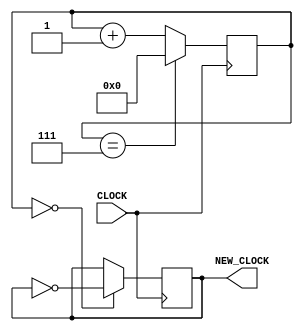
`timescale 1ns / 1ps
//////////////////////////////////////////////////////////////////////////////////
// Company: 
// Engineer: 
// 
// Design Name: 
// Module Name: clk6p25m
// Project Name: 
// Target Devices: 
// Tool Versions: 
// Description: 
// 
// Dependencies: 
// 
// Revision:
// Revision 0.01 - File Created
// Additional Comments:
// 
//////////////////////////////////////////////////////////////////////////////////



module clk6p25m(input CLOCK, output reg NEW_CLOCK = 0);
    reg [31:0] COUNT = 0;
        always @ (posedge CLOCK) begin
            COUNT <= (COUNT == 7) ? 0 : COUNT + 1;
            NEW_CLOCK <= (COUNT == 0) ? ~NEW_CLOCK : NEW_CLOCK;
        end
endmodule

module clk10hz(input CLOCK, output reg NEW_CLOCK = 0);
    reg [31:0] COUNT = 0;
        always @ (posedge CLOCK) begin
            COUNT <= (COUNT == 4999999) ? 0 : COUNT + 1;
            NEW_CLOCK <= (COUNT == 0) ? ~NEW_CLOCK : NEW_CLOCK;
        end
endmodule

module clk20hz(input CLOCK, output reg NEW_CLOCK = 0);
    reg [31:0] COUNT = 0;
        always @ (posedge CLOCK) begin
            COUNT <= (COUNT == 2599999) ? 0 : COUNT + 1;
            NEW_CLOCK <= (COUNT == 0) ? ~NEW_CLOCK : NEW_CLOCK;
        end
endmodule

module clock10k(
input CLOCK, output reg NEW_CLOCK = 0
    );
    reg [31:0] COUNT = 0;
    always @ (posedge CLOCK) begin
        COUNT <= (COUNT == 4999) ? 0 : COUNT + 1;
        NEW_CLOCK <= (COUNT == 0) ? ~NEW_CLOCK : NEW_CLOCK;
    end
endmodule

module my_380hz_clock(
    input CLOCK,
    output reg my_clock = 0
    );
    
    reg [31:0] COUNT = 0;
    
    always @ (posedge CLOCK)
    begin
        COUNT <= (COUNT == 131578) ? 0 : COUNT + 1;
        my_clock <= (COUNT == 0) ? ~my_clock : my_clock;
    end
endmodule

module my_190hz_clock(
    input CLOCK,
    output reg my_clock = 0
    );
    
    reg [31:0] COUNT = 0;
    
    always @ (posedge CLOCK)
    begin
        COUNT <= (COUNT == 263157) ? 0 : COUNT + 1;
        my_clock <= (COUNT == 0) ? ~my_clock : my_clock;
    end
endmodule

module my_10Hz_clock (input CLOCK, output reg my_clock = 0);
    reg [31:0] COUNT = 0;
    
    always @ (posedge CLOCK) 
    begin
        COUNT <= (COUNT == 4999999) ? 0 : COUNT + 1; 
        my_clock <= (COUNT == 0) ? ~my_clock : my_clock;
    end
endmodule

module my_50Mhz_clock(
    input CLOCK,
    output reg my_clock = 0
    );
    
    reg [31:0] COUNT = 0;
    
    always @ (posedge CLOCK)
    begin
        COUNT <= (COUNT == 1) ? 0 : COUNT + 1;
        my_clock <= (COUNT == 0) ? ~my_clock : my_clock;
    end
endmodule

module my_20khz_clock(
    input CLOCK,
    output reg my_clock = 0
    );
    
    reg [31:0] COUNT = 0;
    
    always @ (posedge CLOCK)
    begin
        COUNT <= (COUNT == 2499) ? 0 : COUNT + 1;
        my_clock <= (COUNT == 0) ? ~my_clock : my_clock;
    end
endmodule


//module clk1hz(input CLOCK, output reg NEW_CLOCK = 0);
//    reg [31:0] COUNT = 0;
//        always @ (posedge CLOCK) begin
//            COUNT <= (COUNT == 50000000) ? 0 : COUNT + 1;
//            NEW_CLOCK <= (COUNT == 0) ? ~NEW_CLOCK : NEW_CLOCK;
//        end
//endmodule


module clk10khz(input CLOCK, output reg NEW_CLOCK = 0);
    reg [31:0] COUNT = 0;
        always @ (posedge CLOCK) begin
            COUNT <= (COUNT == 5000) ? 0 : COUNT + 1;
            NEW_CLOCK <= (COUNT == 0) ? ~NEW_CLOCK : NEW_CLOCK;
        end
endmodule




module med_clock(input CLOCK, output reg NEW_CLOCK = 0);
    reg [31:0] COUNT = 0;
        always @ (posedge CLOCK) begin
            COUNT <= (COUNT == 3500000) ? 0 : COUNT + 1;
            NEW_CLOCK <= (COUNT == 0) ? ~NEW_CLOCK : NEW_CLOCK;
        end
endmodule

module hard_clock(input CLOCK, output reg NEW_CLOCK = 0);
    reg [31:0] COUNT = 0;
        always @ (posedge CLOCK) begin
            COUNT <= (COUNT == 2200000) ? 0 : COUNT + 1;
            NEW_CLOCK <= (COUNT == 0) ? ~NEW_CLOCK : NEW_CLOCK;
        end
endmodule

module cust_clock(input CLOCK, output reg NEW_CLOCK = 0);
    reg [31:0] COUNT = 0;
        always @ (posedge CLOCK) begin
            COUNT <= (COUNT == 3000000) ? 0 : COUNT + 1;
            NEW_CLOCK <= (COUNT == 0) ? ~NEW_CLOCK : NEW_CLOCK;
        end
endmodule